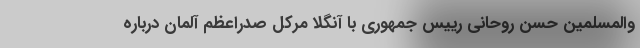
والمسلمین حسن روحانی رییس جمهوری با آنگلا مرکل صدراعظم آلمان درباره